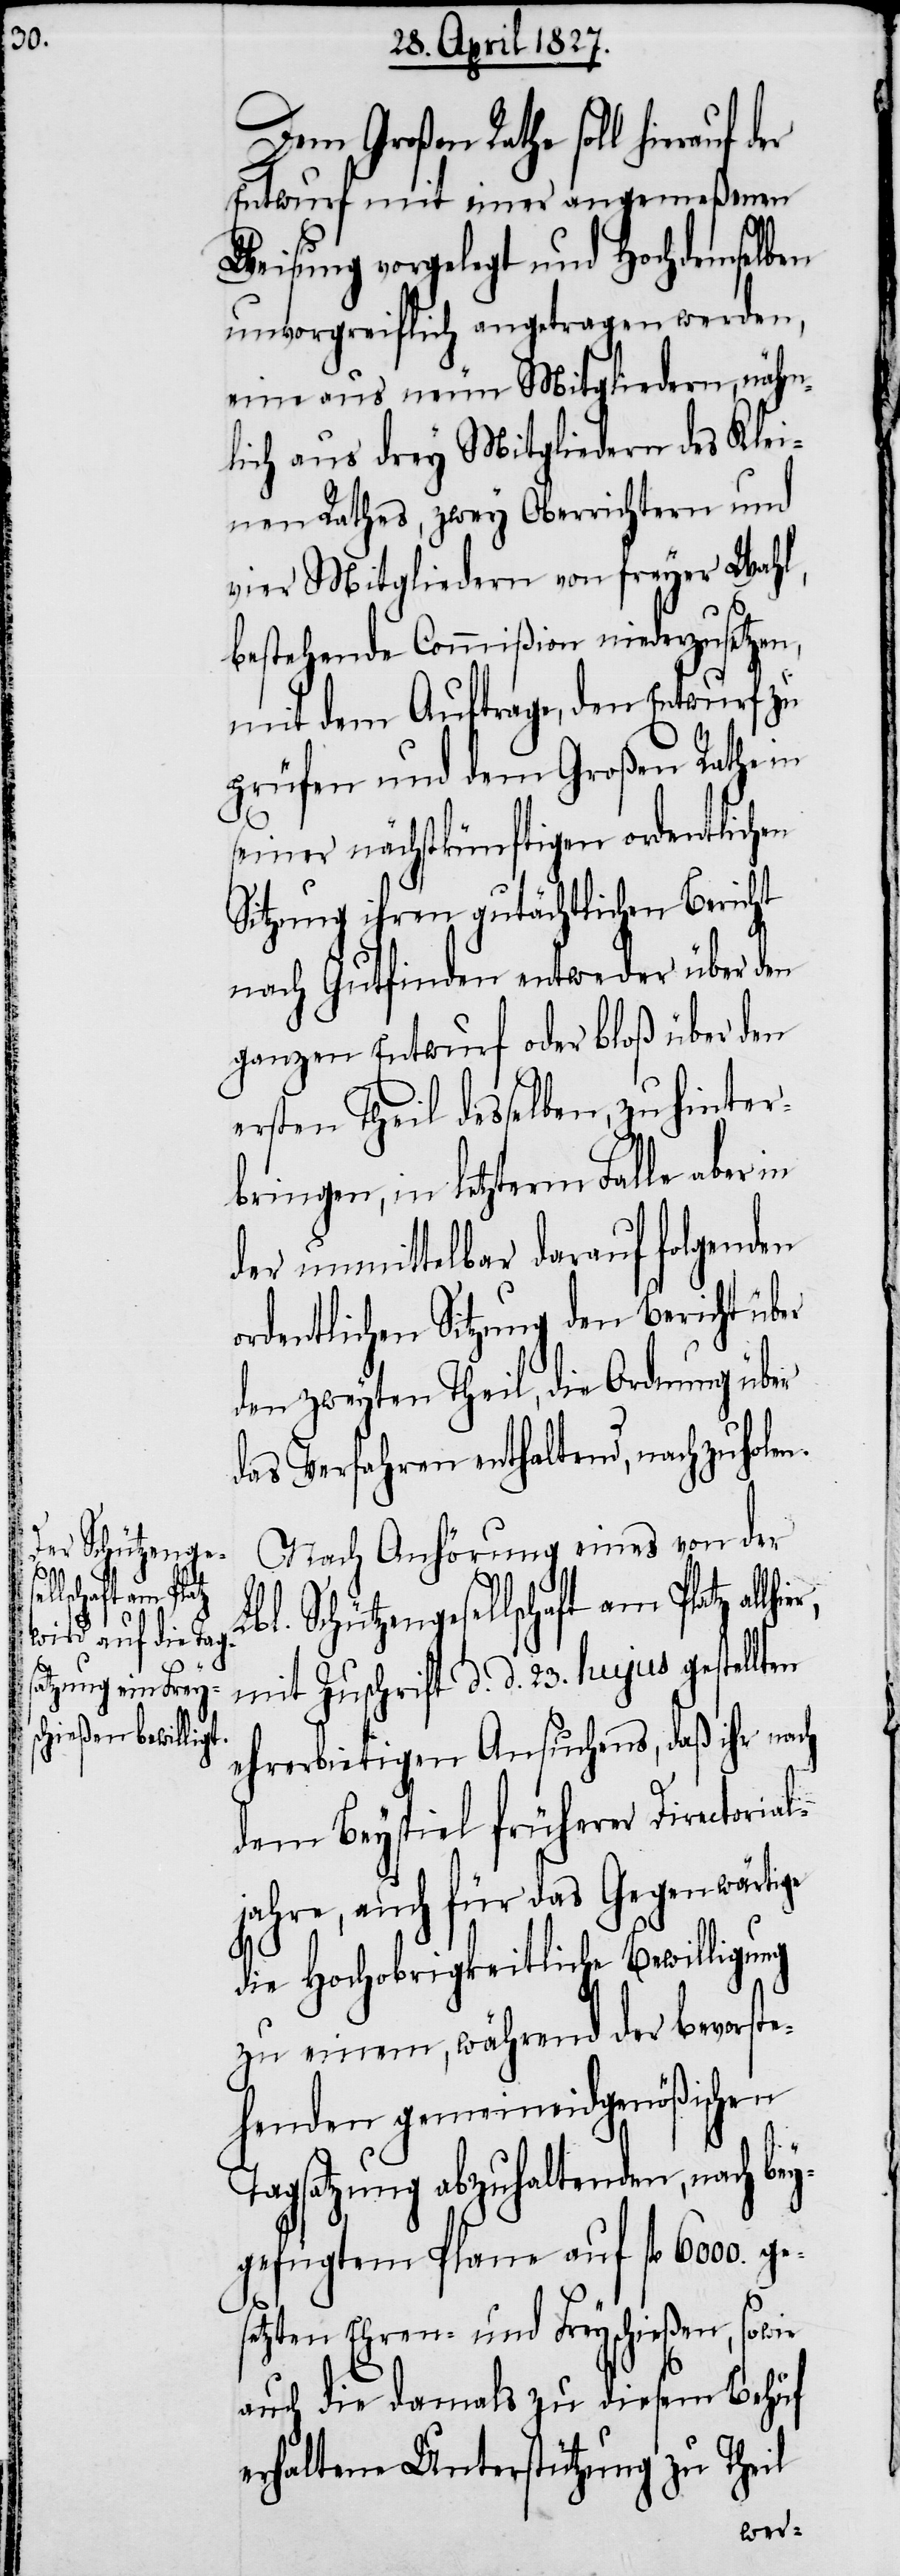
Lbl. Schützenge¬
l¬
lschaft am Platz

Dem Großen Rathe soll hierauf
Entwurf mit einer angmeßenen
Weisung vorgelegt und Hochdemselben
unvorgreiflich angetragen werden,
eine aus neun Mitgliedern, näm¬
lich aus drey Mitgliedern des Klei¬
nen Rathes, zwey Oberrichtern und
vier Mitgliedern von freyer Wahl,
bestehende Commißion niederzusetzen,
mit dem Auftrage, den Entwurf zu
prüfen und dem Großen Rathe in
seiner nächstkünftigen ordentlichen
Sitzung ihren gutächtlichen Bericht
nach Gutfinden entweder über den
ganzen Entwurf oder bloß über den
ersten Theil desselben, zu hinter¬
bringen, in letzterm Falle aber in
der unmittelbar darauf folgenden
ordentlichen Sitzung den Bericht über
den zweyten Theil, die Ordnung über
das Verfahren enthaltend, nachzuholen.
Nach Anhörung eines von der
mit Zuschrift d. d. 23. hujus gestellt¬
ehrerbietigen Ansuchens, daß ihr nach
dem Beyspiel früherer Directoria¬
jahre, auch für das Gegenwärtige
die Hochobrigkeitliche Bewilligung
zu einem, während der bevorste¬
henden gemeineidgenößischen
Tagsatzung abzuhaltenden, nach bey¬
gefügtem Plane auf fl. 6000. ge¬
setzten Ehren- und Freyschießen, sowie
auch die damals zu diesem Behuf
erhaltene Unterstützung zu Theil